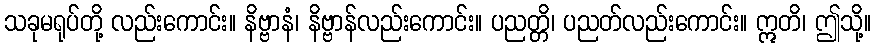
သခုမရုပ်တို့ လည်းကောင်း။ နိဗ္ဗာနံ၊ နိဗ္ဗာန်လည်းကောင်း။ ပညတ္တိ၊ ပညတ်လည်းကောင်း။ ဣတိ၊ ဤသို့။